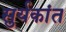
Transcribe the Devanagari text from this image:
सुर्यकांत